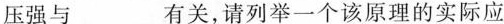
压强与___有关，请列举一个该原理的实际应